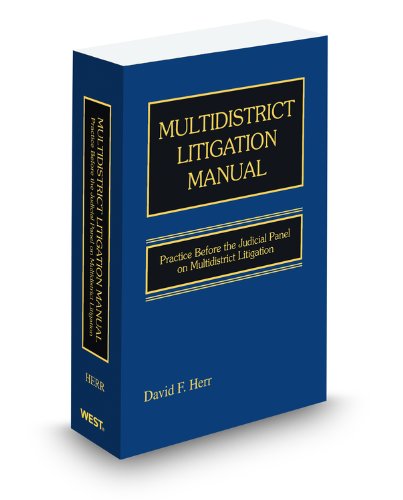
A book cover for Multidistrict Litigation Manual: Practice Before the Judicial Panel on Multidistrict Litigation, 2011 ed.; David Herr; Law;